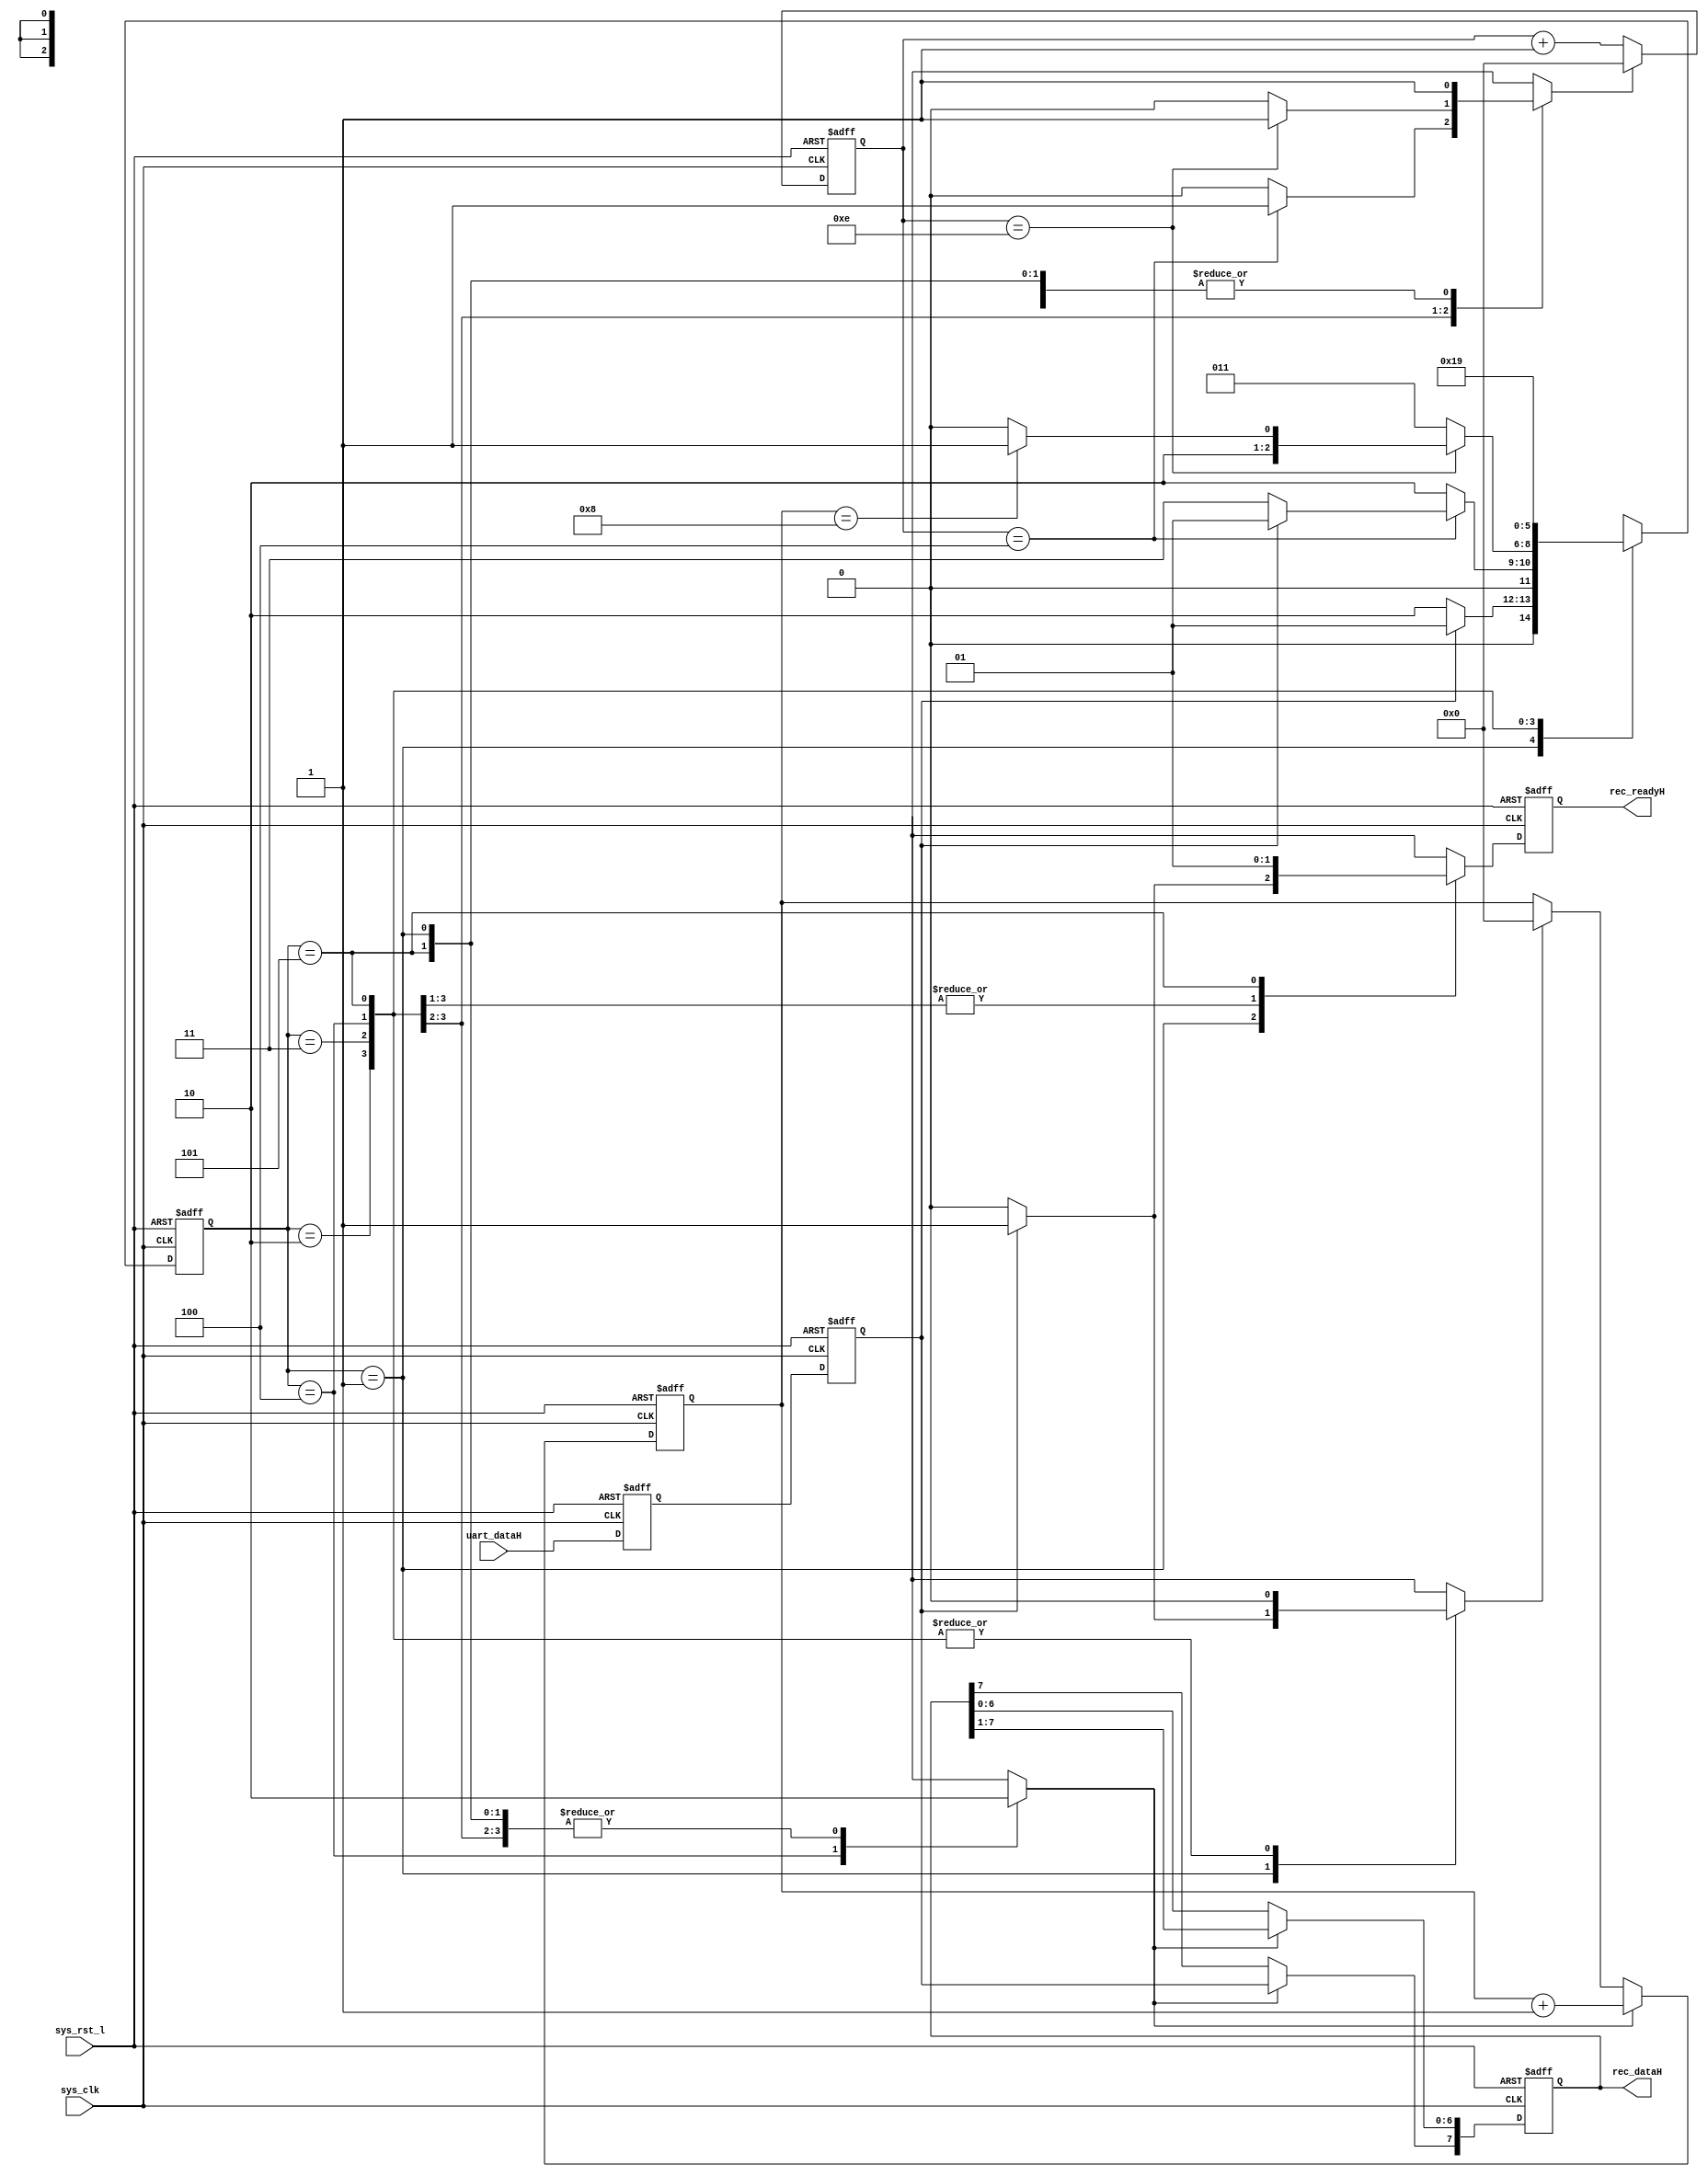


module u_rec (	// system input
				sys_rst_l,
				sys_clk,

				// uart
				uart_dataH,

				// output
				rec_dataH,
				rec_readyH

				);

parameter	WORD_LEN = 8;

parameter	r_START 	= 3'b001,
			r_CENTER	= 3'b010,
         	r_WAIT  	= 3'b011,
			r_SAMPLE	= 3'b100,
			r_STOP  	= 3'b101;

parameter	LO 		= 1'b0,
          	HI		= 1'b1,		
 		  	X		= 1'bx;
			
input			sys_rst_l;	// 
input			sys_clk;	// 

input			uart_dataH;	// UART Rx

output	[7:0]	rec_dataH;	// 
output			rec_readyH;	// 

reg		[2:0]	next_state, state;
reg				rec_datH, rec_datSyncH;
reg		[3:0]	bitCell_cntrH;
reg				cntr_resetH;
reg		[7:0]	par_dataH;
reg				shiftH;
reg		[3:0]	recd_bitCntrH;
reg				countH;
reg				rstCountH;
reg				rec_readyH;
reg				rec_readyInH;

wire	[7:0]	rec_dataH;

assign rec_dataH = par_dataH;

always @(posedge sys_clk or negedge sys_rst_l)
  if (~sys_rst_l) begin
     rec_datSyncH <= 1;
     rec_datH     <= 1;
  end else begin
     rec_datSyncH <= uart_dataH;
     rec_datH     <= rec_datSyncH;
  end


always @(posedge sys_clk or negedge sys_rst_l)
  if (~sys_rst_l) bitCell_cntrH <= 0;
  else if (cntr_resetH) bitCell_cntrH <= 0;
  else bitCell_cntrH <= bitCell_cntrH + 1;


// 
always @(posedge sys_clk or negedge sys_rst_l)
  if (~sys_rst_l) par_dataH <= 0;
  else if(shiftH) begin
     par_dataH[6:0] <= par_dataH[7:1];
     par_dataH[7]   <= rec_datH;
  end


// 
always @(posedge sys_clk or negedge sys_rst_l)
  if (~sys_rst_l) recd_bitCntrH <= 0;
  else if (countH) recd_bitCntrH <= recd_bitCntrH + 1;
  else if (rstCountH) recd_bitCntrH <= 0;

// 
always @(posedge sys_clk or negedge sys_rst_l)
  if (~sys_rst_l) state <= r_START;
  else state <= next_state;


always @(state or rec_datH or bitCell_cntrH or recd_bitCntrH)
begin

  next_state  = state;
  cntr_resetH = HI;
  shiftH      = LO;
  countH      = LO;
  rstCountH   = LO;
  rec_readyInH= LO;

  case (state)
     
    r_START: begin
       if (~rec_datH ) next_state = r_CENTER;
       else begin 
         next_state = r_START;
         rstCountH  = HI; 
         rec_readyInH = HI; 
       end
    end

    r_CENTER: begin
       if (bitCell_cntrH == 4'h4) begin
         if (~rec_datH) next_state = r_WAIT;
         else next_state = r_START;
       end else begin
         next_state  = r_CENTER;
		 cntr_resetH = LO;           
       end
    end

	r_WAIT: begin
		if (bitCell_cntrH == 4'hE) begin
           if (recd_bitCntrH == WORD_LEN)
             next_state = r_STOP; 
           else begin
             next_state = r_SAMPLE;
           end
        end else begin
             next_state  = r_WAIT;
             cntr_resetH = LO; 
        end
    end

	r_SAMPLE: begin
		shiftH = HI; // shift in the serial data
		countH = HI; // one more bit received
		next_state = r_WAIT;
	end	

    r_STOP: begin
		next_state = r_START;
        rec_readyInH = HI;
    end

    default: begin
       next_state  = 3'bxxx;
       cntr_resetH = X;
	   shiftH      = X;
	   countH      = X;
       rstCountH   = X;
       rec_readyInH  = X;

    end

  endcase


end

always @(posedge sys_clk or negedge sys_rst_l)
  if (~sys_rst_l) rec_readyH <= 0;
  else rec_readyH <= rec_readyInH;

endmodule